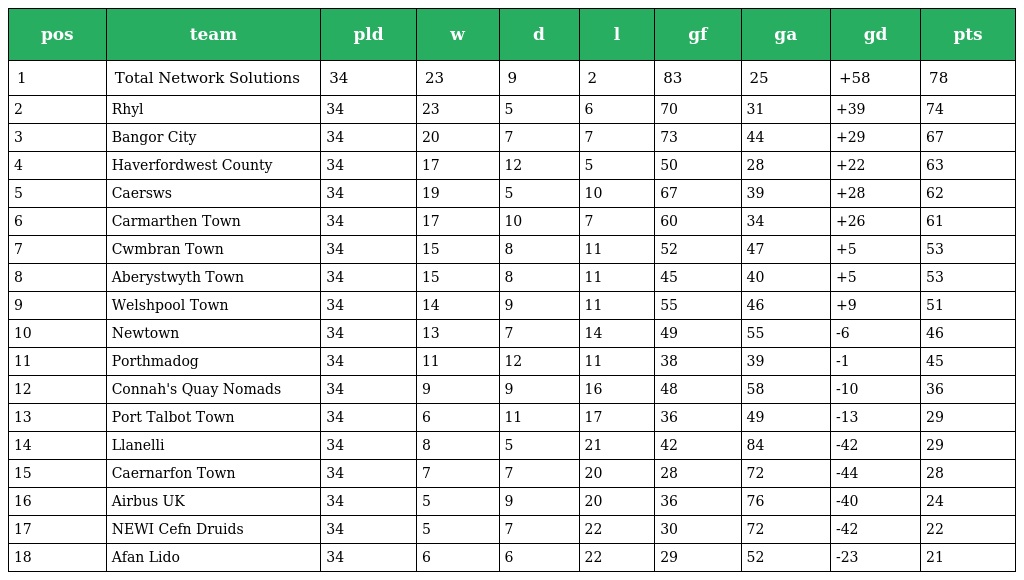
| pos | team | pld | w | d | l | gf | ga | gd | pts |
 | --- | --- | --- | --- | --- | --- | --- | --- | --- | --- |
 | 1 | Total Network Solutions | 34 | 23 | 9 | 2 | 83 | 25 | +58 | 78 |
 | 2 | Rhyl | 34 | 23 | 5 | 6 | 70 | 31 | +39 | 74 |
 | 3 | Bangor City | 34 | 20 | 7 | 7 | 73 | 44 | +29 | 67 |
 | 4 | Haverfordwest County | 34 | 17 | 12 | 5 | 50 | 28 | +22 | 63 |
 | 5 | Caersws | 34 | 19 | 5 | 10 | 67 | 39 | +28 | 62 |
 | 6 | Carmarthen Town | 34 | 17 | 10 | 7 | 60 | 34 | +26 | 61 |
 | 7 | Cwmbran Town | 34 | 15 | 8 | 11 | 52 | 47 | +5 | 53 |
 | 8 | Aberystwyth Town | 34 | 15 | 8 | 11 | 45 | 40 | +5 | 53 |
 | 9 | Welshpool Town | 34 | 14 | 9 | 11 | 55 | 46 | +9 | 51 |
 | 10 | Newtown | 34 | 13 | 7 | 14 | 49 | 55 | -6 | 46 |
 | 11 | Porthmadog | 34 | 11 | 12 | 11 | 38 | 39 | -1 | 45 |
 | 12 | Connah's Quay Nomads | 34 | 9 | 9 | 16 | 48 | 58 | -10 | 36 |
 | 13 | Port Talbot Town | 34 | 6 | 11 | 17 | 36 | 49 | -13 | 29 |
 | 14 | Llanelli | 34 | 8 | 5 | 21 | 42 | 84 | -42 | 29 |
 | 15 | Caernarfon Town | 34 | 7 | 7 | 20 | 28 | 72 | -44 | 28 |
 | 16 | Airbus UK | 34 | 5 | 9 | 20 | 36 | 76 | -40 | 24 |
 | 17 | NEWI Cefn Druids | 34 | 5 | 7 | 22 | 30 | 72 | -42 | 22 |
 | 18 | Afan Lido | 34 | 6 | 6 | 22 | 29 | 52 | -23 | 21 |